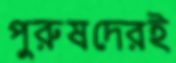
পুরুষদেরই